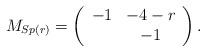
LaTeX: \begin{align*}M_{Sp(r)}=\left(\begin{array}{cc} -1 & -4-r \\ & -1 \end{array}\right).\end{align*}